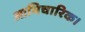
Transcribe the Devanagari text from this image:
आभिचारिक।